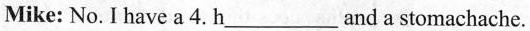
Mike: No. I have a 4. h___and a stomachache.